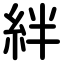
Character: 絆